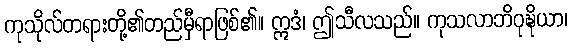
ကုသိုလ်တရားတို့၏တည်မှီရာဖြစ်၏။ ဣဒံ၊ ဤသီလသည်။ ကုသလာဘိဝုဍ္ဎိယာ၊